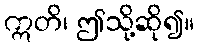
ဣတိ၊ ဤသို့ဆို၍။